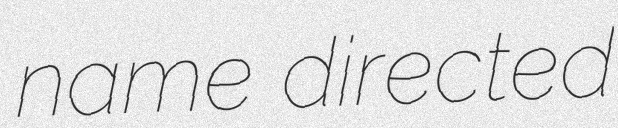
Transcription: name directed